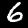
Digit: 6